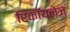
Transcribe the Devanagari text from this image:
रिकॉयनेज